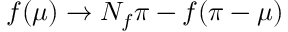
f ( \mu ) \to N _ { f } \pi - f ( \pi - \mu )